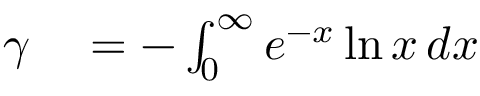
\begin{array} { r l } { \gamma } & { { } = - \int _ { 0 } ^ { \infty } e ^ { - x } \ln x \, d x } \end{array}